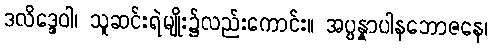
ဒလိဒ္ဒေဝါ၊ သူဆင်းရဲမျိုး၌လည်းကောင်း။ အပ္ပန္နာပါနဘောဇနေ၊